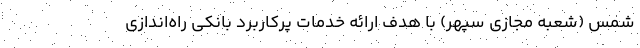
شمس (شعبه مجازی سپهر) با هدف ارائه خدمات پرکاربرد بانکی راه‌اندازی